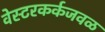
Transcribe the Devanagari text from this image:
वेस्टरकर्कजवळ